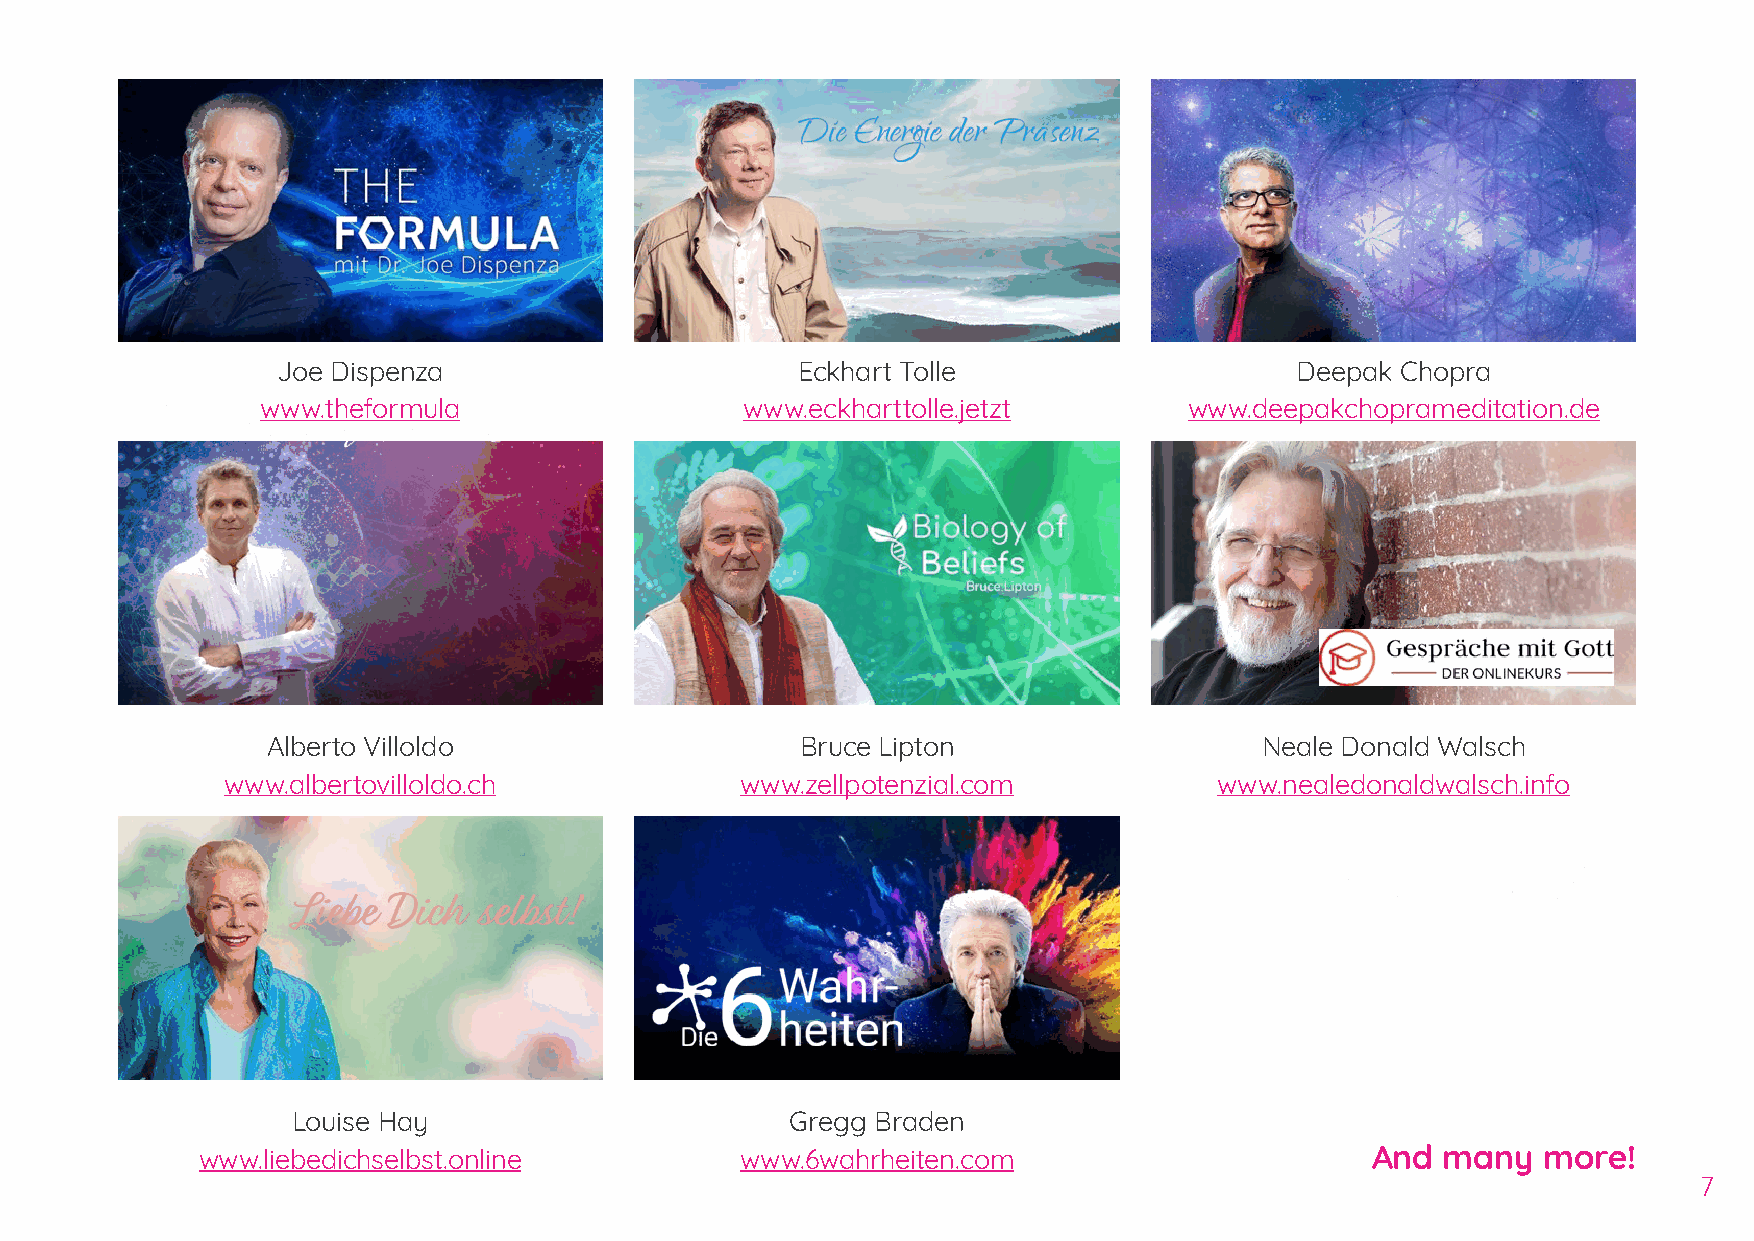
Joe Dispenza                       Eckhart Tolle                    Deepak Chopra
 www.theformula                  www.eckharttolle.jetzt        www.deepakchoprameditation.de
 Alberto Villoldo                   Bruce Lipton                   Neale Donald Walsch
 www.albertovilloldo.ch            www.zellpotenzial.com           www.nealedonaldwalsch.info
 Louise Hay                       Gregg Braden
 www.liebedichselbst.online          www.6wahrheiten.com                       And  many  more!
 7